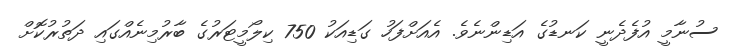
ސުނާމީ އުފެދެނީ ކަނޑުގެ އަޑިންނެވެ. އެއަށްފަހު ގަޑިއަކު 750 ކިލޯމީޓަރުގެ ބާރުމިނެއްގައި ދަތުރުކޮށް